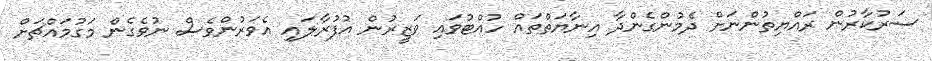
ސަރުކާރުން ރައްޔިތުންނަށް ދެމުންގެންދާ އިނާޔަތްތައް ހުއްޓުވައި ވަޒީރުން އުފުރާލައި އެވަރުންވެސް ނުވެގެން މަގުމައްޗަށް